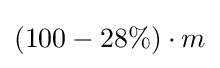
(100-28\%)\cdot m